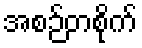
အစဉ်တစိုက်